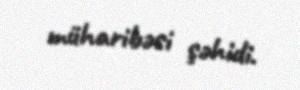
müharibəsi şəhidi.